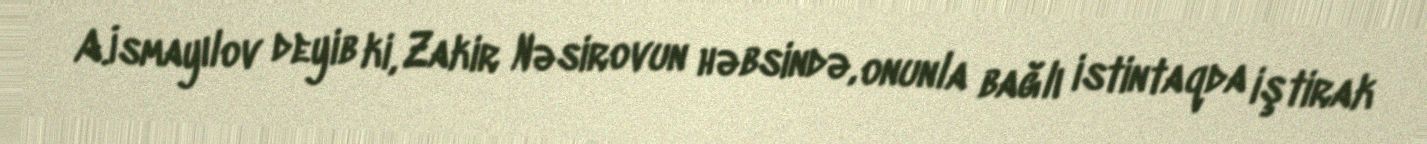
A.İsmayılov deyib ki, Zakir Nəsirovun həbsində, onunla bağlı istintaqda iştirak